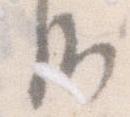
候